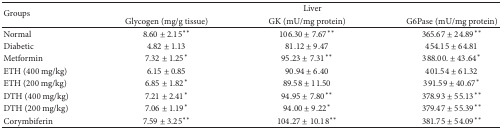
| <ROWSPAN=2> Groups | <COLSPAN=3> Liver |
 | Glycogen (mg/g tissue) | GK (mU/mg protein) | G6Pase (mU/mg protein) |
 | --- | --- | --- | --- |
 | Normal | 8.60 ± 2.15** | 106.30 ± 7.67** | 365.67 ± 24.89** |
 | Diabetic | 4.82 ± 1.13 | 81.12 ± 9.47 | 454.15 ± 64.81 |
 | Metformin | 7.32 ± 1.25* | 95.23 ± 7.31** | 388.00.±43.64* |
 | ETH (400 mg/kg) | 6.15 ± 0.85 | 90.94 ± 6.40 | 401.54 ± 61.32 |
 | ETH (200 mg/kg) | 6.85 ± 1.82* | 89.58 ± 11.50 | 391.59 ± 40.67* |
 | DTH (400 mg/kg) | 7.21 ± 2.41* | 94.95 ± 7.80** | 378.93 ± 55.13** |
 | DTH (200 mg/kg) | 7.06 ± 1.19* | 94.00 ± 9.22* | 379.47 ± 55.39** |
 | Corymbiferin | 7.59 ± 3.25** | 104.27 ± 10.18** | 381.75 ± 54.09** |